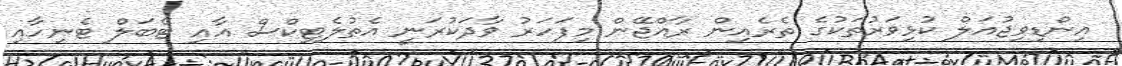
އިންޑިވިޖުއަލް ކުޅިވަރުތަކުގެ ތެރެއިން ރާއްޖޭން މިފަހަރު ވާދަކުރަނީ އެތުލެޓިކްސް އާއި ޓޭބަލް ޓެނިހާއި